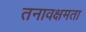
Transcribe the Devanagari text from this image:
तनावक्षमता